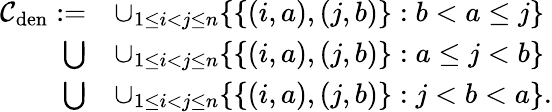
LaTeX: \begin{array}{rl}{\mathcal{C}_{\mathrm{den}}:=}&{\cup_{1\le i<j\le n}\{ \{ (i,a),(j,b)\} :b<a\le j\} }\\ {\bigcup}&{\cup_{1\le i<j\le n}\{ \{ (i,a),(j,b)\} :a\le j<b\} }\\ {\bigcup}&{\cup_{1\le i<j\le n}\{ \{ (i,a),(j,b)\} :j<b<a\} .}\end{array}